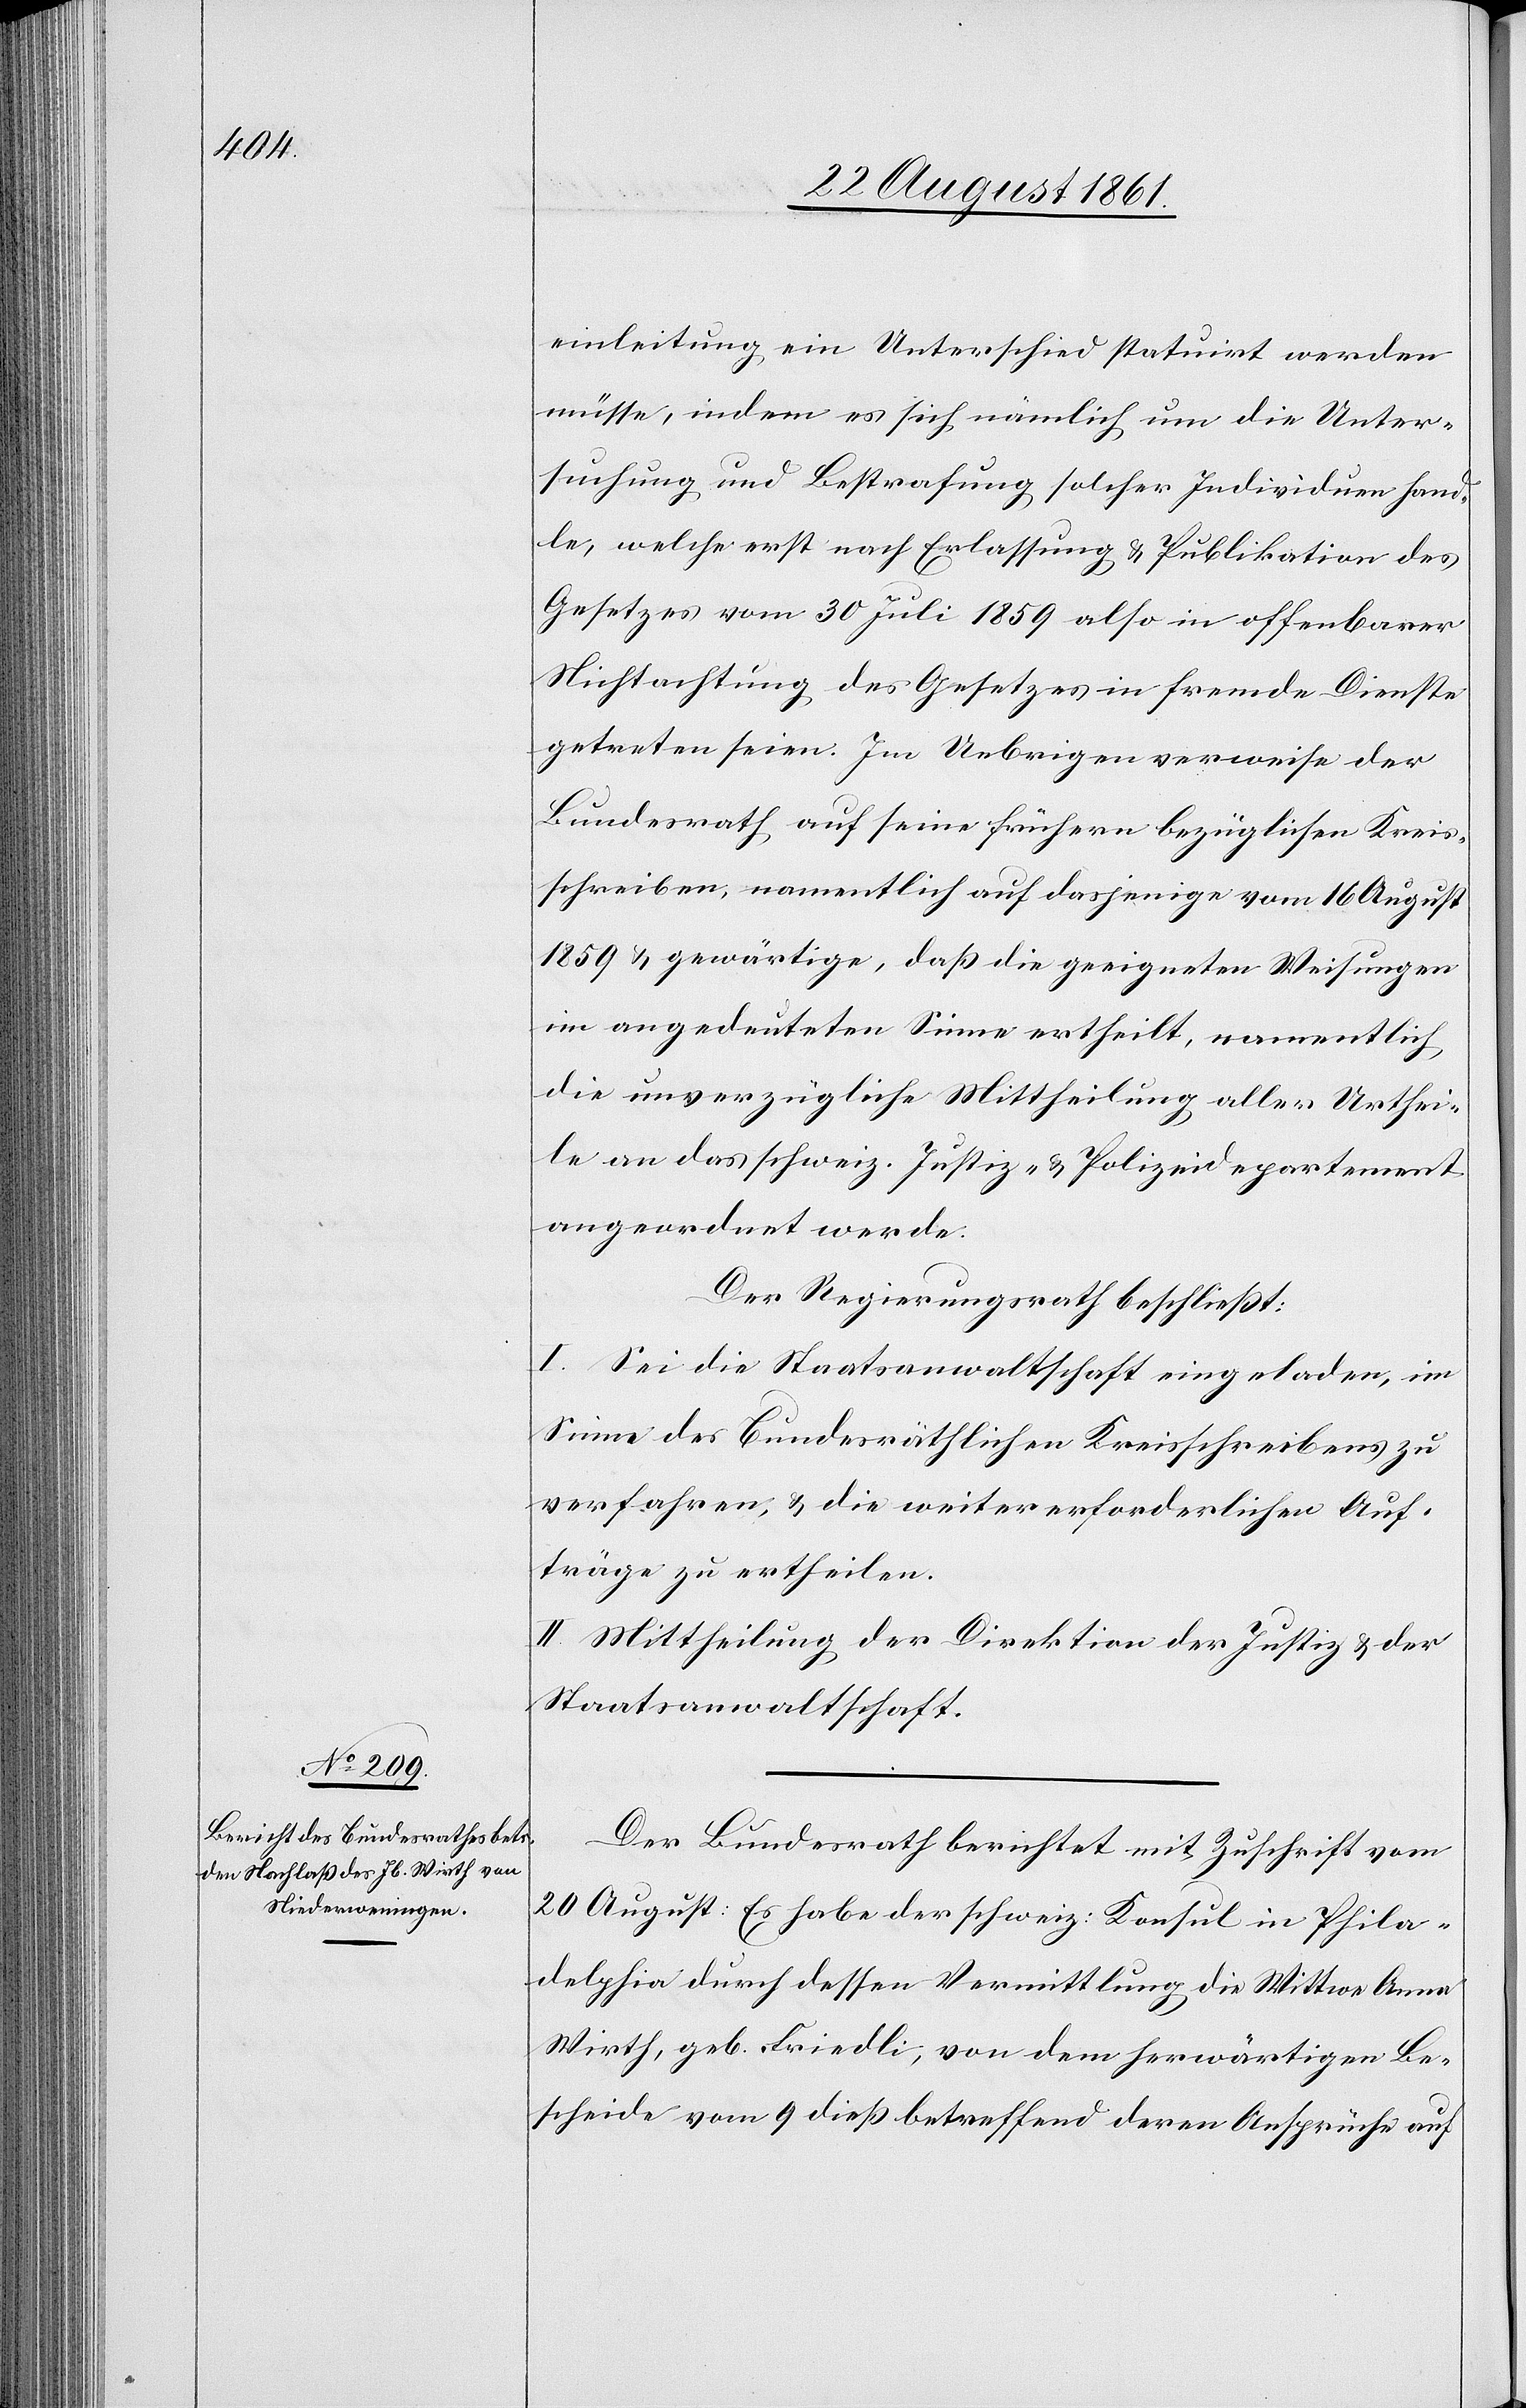
einleitung ein Unterschied statuirt werden
müsse, indem es sich nämlich um die Unter¬
suchung und Bestrafung, solcher Individuen hand¬
le, welche erst nach Entlassung u. Publikation des
Gesetzes vom 30 Juli 1859 also in offenbarer
Nichtachtung des Gesetzes in fremde Dienste
getreten seien. Im Uebrigen verweise der
Bundesrath, auf seine frühern bezüglichen Kreis¬
schreiben, namentlich auf dasjenige vom 16 August
1859 u. gewärtige, da die geeigneten Weisungen
im angedeuteten Sinne ertheilt, namentlich
die unverzügliche Mittheilung aller Urthei¬
le an das schweiz. Justiz- u. Polizeidepartement
angeordnet werde.
Der Regierungsrath beschließt:
I. Sei die Staatsanwaltschaft eingeladen, im
Sinne des bundesräthlichen Kreisschreibens zu
verfahren, u. die weiter erforderlichen Auf¬
träge zu ertheilen.
II. Mittheilung an die Direktion der Justiz u. der
Staatsanwaltschaft.
Der Bundesrath berichtet mit Zuschrift vom
20 August: Es habe der schweiz. Konsul in Phila¬
delphia durch dessen Vermittlung die Wittwe Anna
Wirth, geb. Friedli, von dem herwärtigen Be¬
scheide vom 9 dieß betreffend deren Ansprüche auf